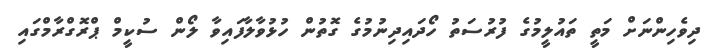
ދިވެހިންނަށް މަތީ ތައުލީމުގެ ފުރުސަތު ހޯދައިދިނުމުގެ ގޮތުން ހުޅުވާލާފައިވާ ލޯން ސުކީމް ޕްރޮގްރާމްގައި